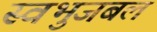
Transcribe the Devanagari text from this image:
स्वभुजबल